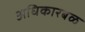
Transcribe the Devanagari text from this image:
अधिकारबळ